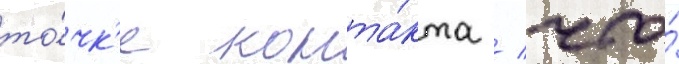
то́чк'е конта́кта / что́